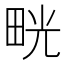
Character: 𤱳